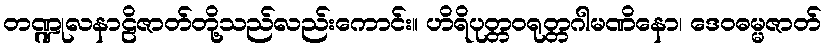
တဏ္ဍုလနာဠိဇာတ်တို့သည်လည်းကောင်း။ ဟိရိပုတ္တဝရုတ္တဂါမဏိနော၊ ဒေဝဓမ္မဇာတ်